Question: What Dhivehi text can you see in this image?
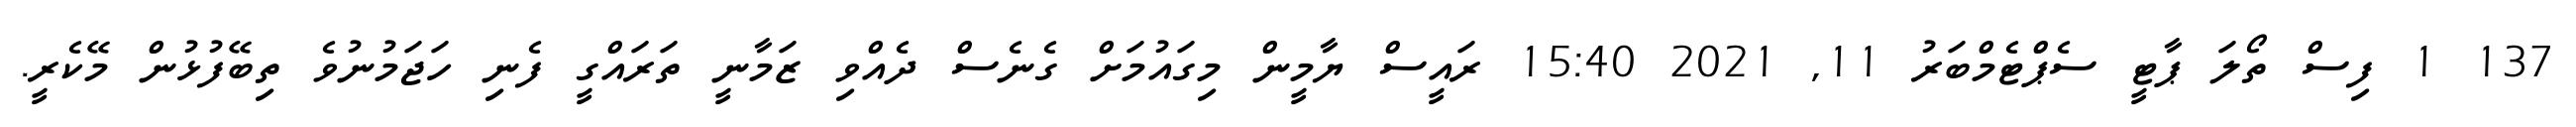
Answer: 137 1 ފިސް ތޯލަ ޕާޓީ ސެޕްޓެމްބަރު 11, 2021 15:40 ރައީސް ޔާމީން މިގައުމަށް ގެނެސް ދެއްވި ޒަމާނީ ތަރައްގީ ފެނި ހަޖަމުނުވެ ތިބޭފުޅުން މޭކެރީ.